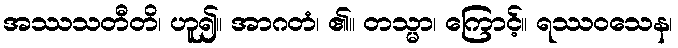
အဿသတီတိ၊ ဟူ၍။ အာဂတံ၊ ၏။ တသ္မာ၊ ကြောင့်။ ရဿဝသေန၊